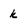
Character: k